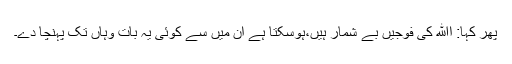
پھر کہا: اﷲ کی فوجیں بے شمار ہیں،ہوسکتا ہے ان میں سے کوئی یہ بات وہاں تک پہنچا دے۔